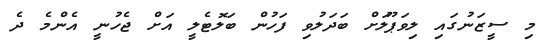
މި ސީޒަނުގައި ލިވަޕޫލަށް ބަދަލުވި ފަހުން ބަލޮޓެލީ އަށް ޖެހުނީ އެންމެ ދެ